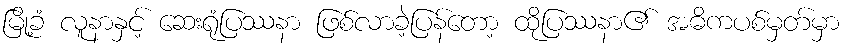
မြို့ခံ လူနာနှင့် ဆေးရုံပြဿနာ ဖြစ်လာခဲ့ပြန်တော့ ထိုပြဿနာ၏ အဓိကပစ်မှတ်မှာ